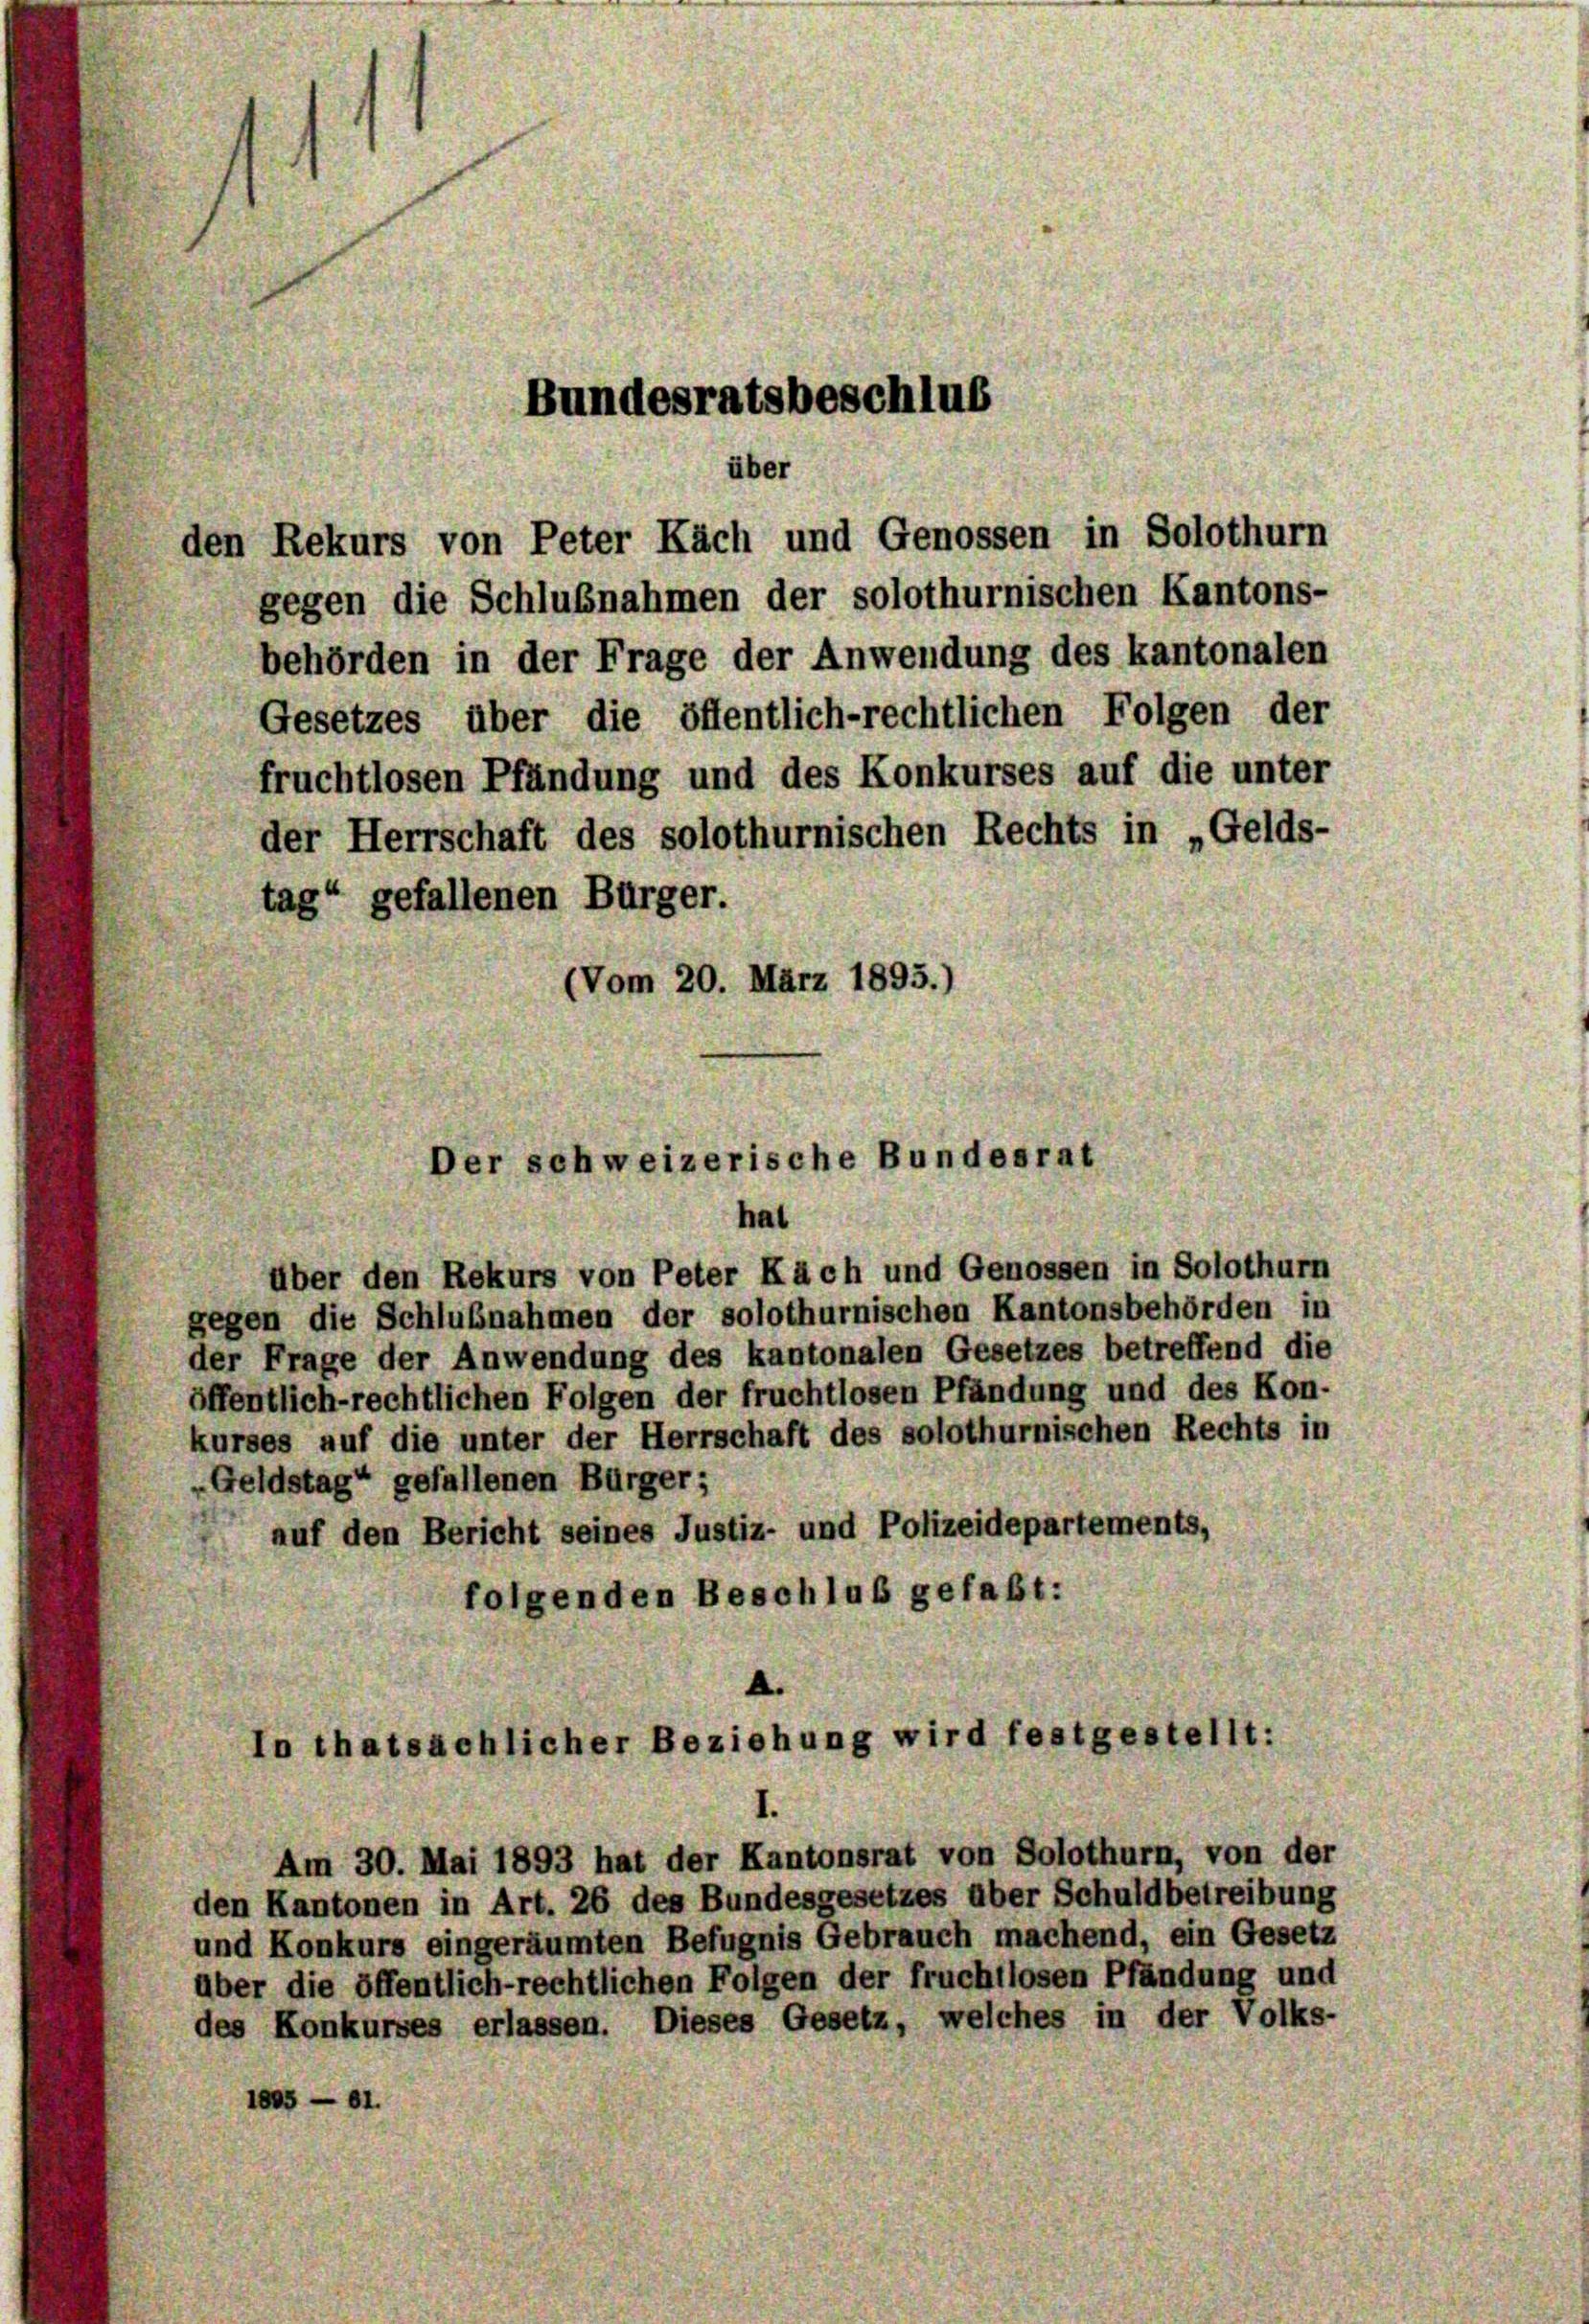
den Rekurs von Peter Kach und Genossen in Solothurn
gegen die Schlußnahmen der solothurnischen Kantons-
behörden in der Frage der Anwendung des kantonalen
Gesetzes über die öffentlich-rechtlichen Folgen der
fruchtlosen Pfändung und des Konkurses auf die unter
der Herrschaft des solothurnischen Rechts in „Gelds-
tag“ gefallenen Bürger.
(Vom 20. März 1895.)

über den Rekurs von Peter Käch und Genossen in Solothurn
gegen die Schlußnahmen der solothurnischen Kantonsbehörden in
der Frage der Anwendung des kantonalen Gesetzes betreffend die
öffentlich-rechtlichen Folgen der fruchtlosen Pfändung und des Kon-
kurses auf die unter der Herrschaft des solothurnischen Rechts in
„Geldstag“ gefallenen Bürger;
auf den Bericht seines Justiz- und Polizeidepartements,
folgenden Beschluß gefaßt:
In thatsächlicher Beziehung wird festgestellt:

Am 30. Mai 1893 hat der Kantonsrat von Solothurn, von der
den Kantonen in Art. 26 des Bundesgesetzes über Schuldbetreibung
und Konkurs eingeräumten Befugnis Gebrauch machend, ein Gesetz
über die öffentlich-rechtlichen Folgen der fruchtlosen Pfändung und
des Konkurses erlassen. Dieses Gesetz, welches in der Volks-
1845 — 91.

Bundesratsbeschlus

über

Der schweizerische Bundesrat
hat